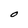
Character: O